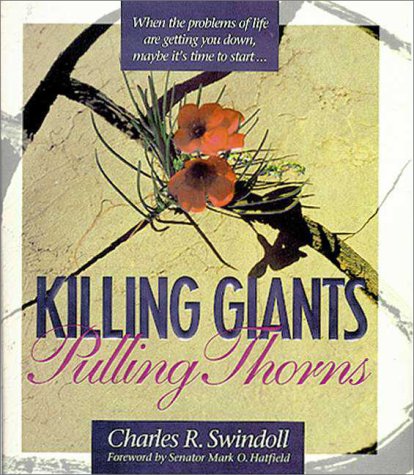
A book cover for Killing Giants: Pulling Thorns; Charles R. Swindoll; Christian Books & Bibles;